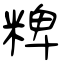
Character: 粺